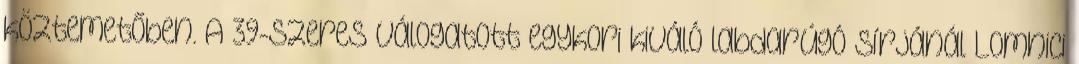
köztemetőben. A 39-szeres válogatott egykori kiváló labdarúgó sírjánál Lomnici